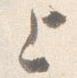
上